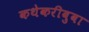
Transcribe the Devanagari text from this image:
कथेकरीबुवा